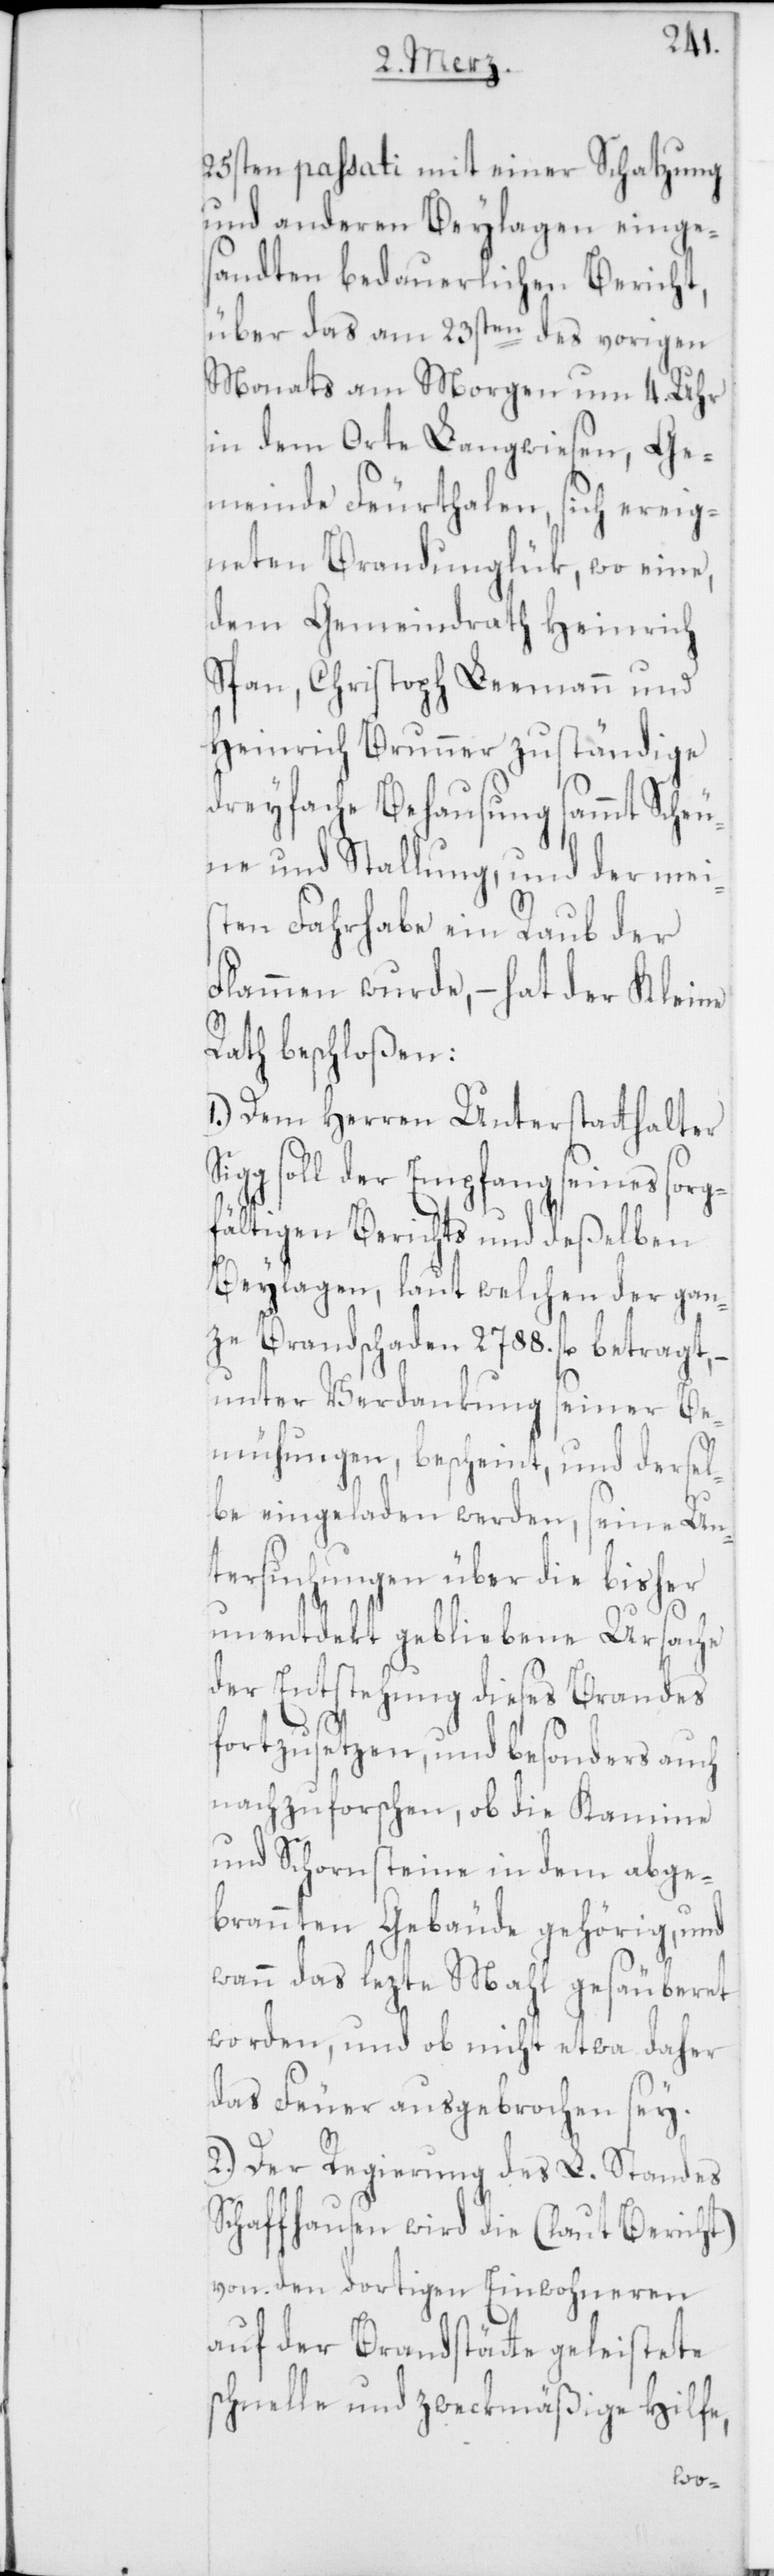
25sten passati mit einer Schatzung
und anderen Beylagen einge¬
sandten bedauerlichen Bericht,
über das am 23sten des vorigen
Monats am Morgen um 4. Uhr
in dem Orte Langwiesen, Ge¬
meinde Feuerthalen, sich ereig¬
neten Brandunglük, wo eine,
dem Gemeindrath Heinrich
Span, Christoph Leemann und
Heinrich Brunner zuständige
dreyfache Behausung sammt Sche¬
une und Stallung, und der mei¬
sten Fahrhabe ein Raub der
Flammen wurde, – hat der Kleine
Rath beschloßen:
1.) Dem Herren Unterstatthalter
gg soll der Empfang seines sorg¬
fältigen Berichts und deßelben
Beylagen, laut welchen der gan¬
ze Brandschaden 2788. fl. betragt,
unter Verdankung seiner Be¬
mühungen, bescheint, und dersel¬
be eingeladen werden, seine Un¬
tersuchungen über die bisher
unentdekt gebliebene Ursache
der Entstehung dieses Brandes
fortzusetzen, und besonders auch
nachzuforschen, ob die Kamine
und Schornsteine in dem abge¬
brannten Gebäude gehörig, und
wann das lezte Mal gesäuberet
worden, und ob nicht etwa daher
das Feuer ausgebrochen sey.
2.) Der Regierung des L. Standes
Schaffhausen wird die (laut Bericht)
von den dortigen Einwohneren
auf der Brandstäte geleistete
schnelle und zweckmäßige Hilfe,
Si¬